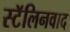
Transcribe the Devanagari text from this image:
स्टॅलिनवाद